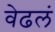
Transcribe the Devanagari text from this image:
वेढलं